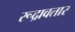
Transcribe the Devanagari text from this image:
रूद्रावतार